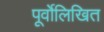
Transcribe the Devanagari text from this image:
पूर्वोलिखित